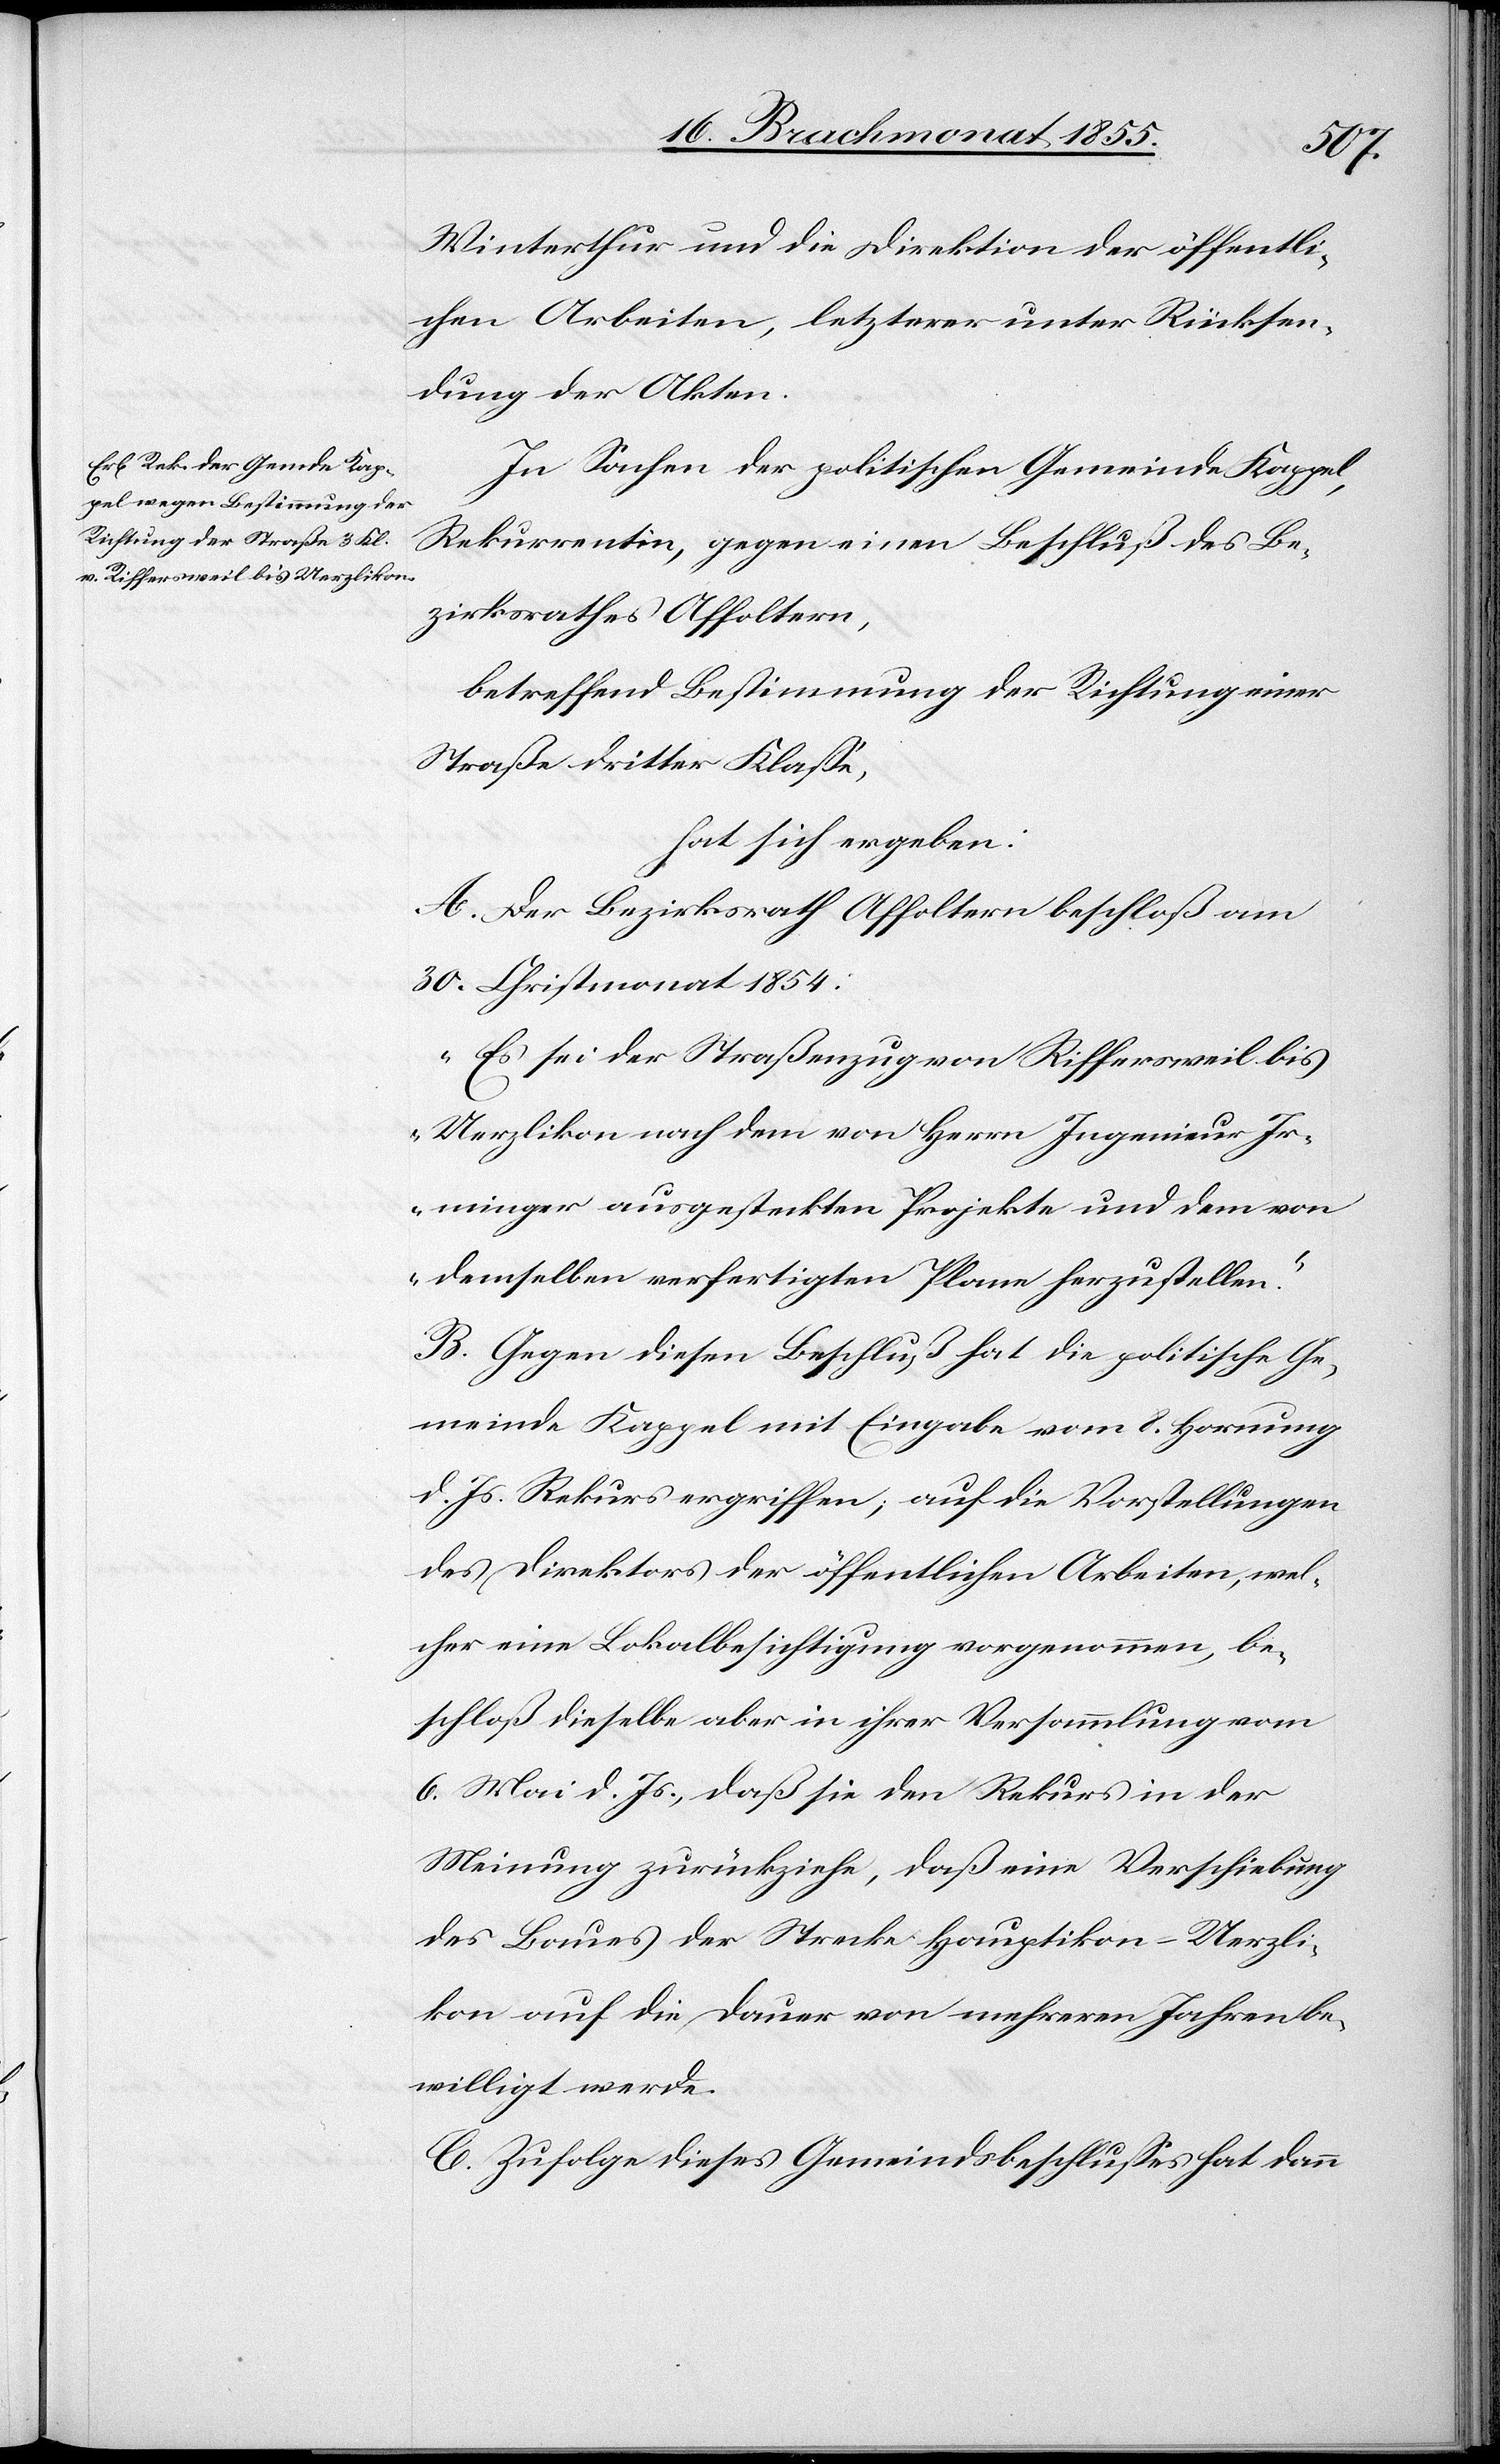
Winterthur und die Direktion der öffentli¬
chen Arbeiten, letzterer unter Rücksen¬
dung der Akten.
In Sachen der politischen Gemeinde Kappel,
Rekurrentin, gegen einen Beschluß des Be¬
zirksrathes Affoltern,
betreffend Bestimmung der Richtung einer
Straße dritter Klasse,
hat sich ergeben:
A. Der Bezirksrath Affoltern beschloß am
30. Christmonat 1854:
„Es sei der Straßenzug von Riffersweil bis
Uerzlikon nach dem von Herrn Ingenieur Ir¬
minger ausgesteckten Projekte und dem von
demselben verfertigten Plane herzustellen.“
B. Gegen diesen Beschluß hat die politische Ge¬
meinde Kappel mit Eingabe vom 8. Hornung
d. Js. Rekurs ergriffen; auf die Vorstellungen
des Direktors der öffentlichen Arbeiten, wel¬
cher eine Lokalbesichtigung vorgenommen, be¬
schloß dieselbe aber in ihrer Versammlung vom
6. Mai d. Js., daß sie den Rekurs in der
Meinung zurückziehe, daß eine Verschiebung
des Baues der Strecke Hauptikon–Uerzli¬
kon auf die Dauer von mehreren Jahren be¬
willigt werde.
C. Zufolge dieses Gemeindsbeschlusses hat dann